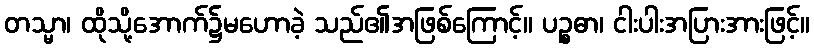
တသ္မာ၊ ထိုသို့အောက်၌မဟောခဲ့ သည်၏အဖြစ်ကြောင့်။ ပဉ္စဓာ၊ ငါးပါးအပြားအားဖြင့်။